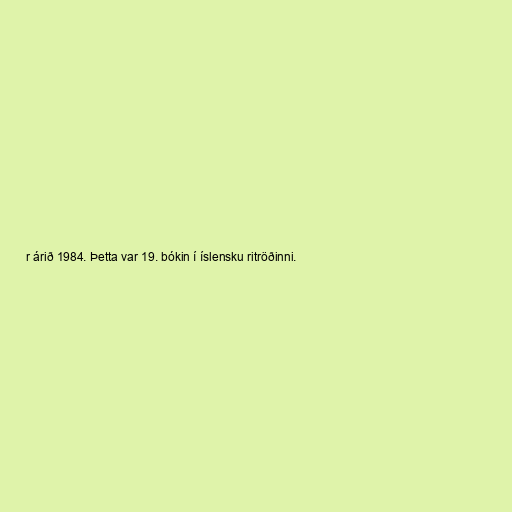
r árið 1984. Þetta var 19. bókin í íslensku ritröðinni.